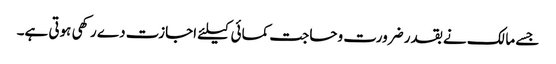
جسے مالک نے بقدر ضرورت وحاجت کمائی کیلئے اجازت دے رکھی ہوتی ہے۔